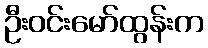
ဦးဝင်းမော်ထွန်းက